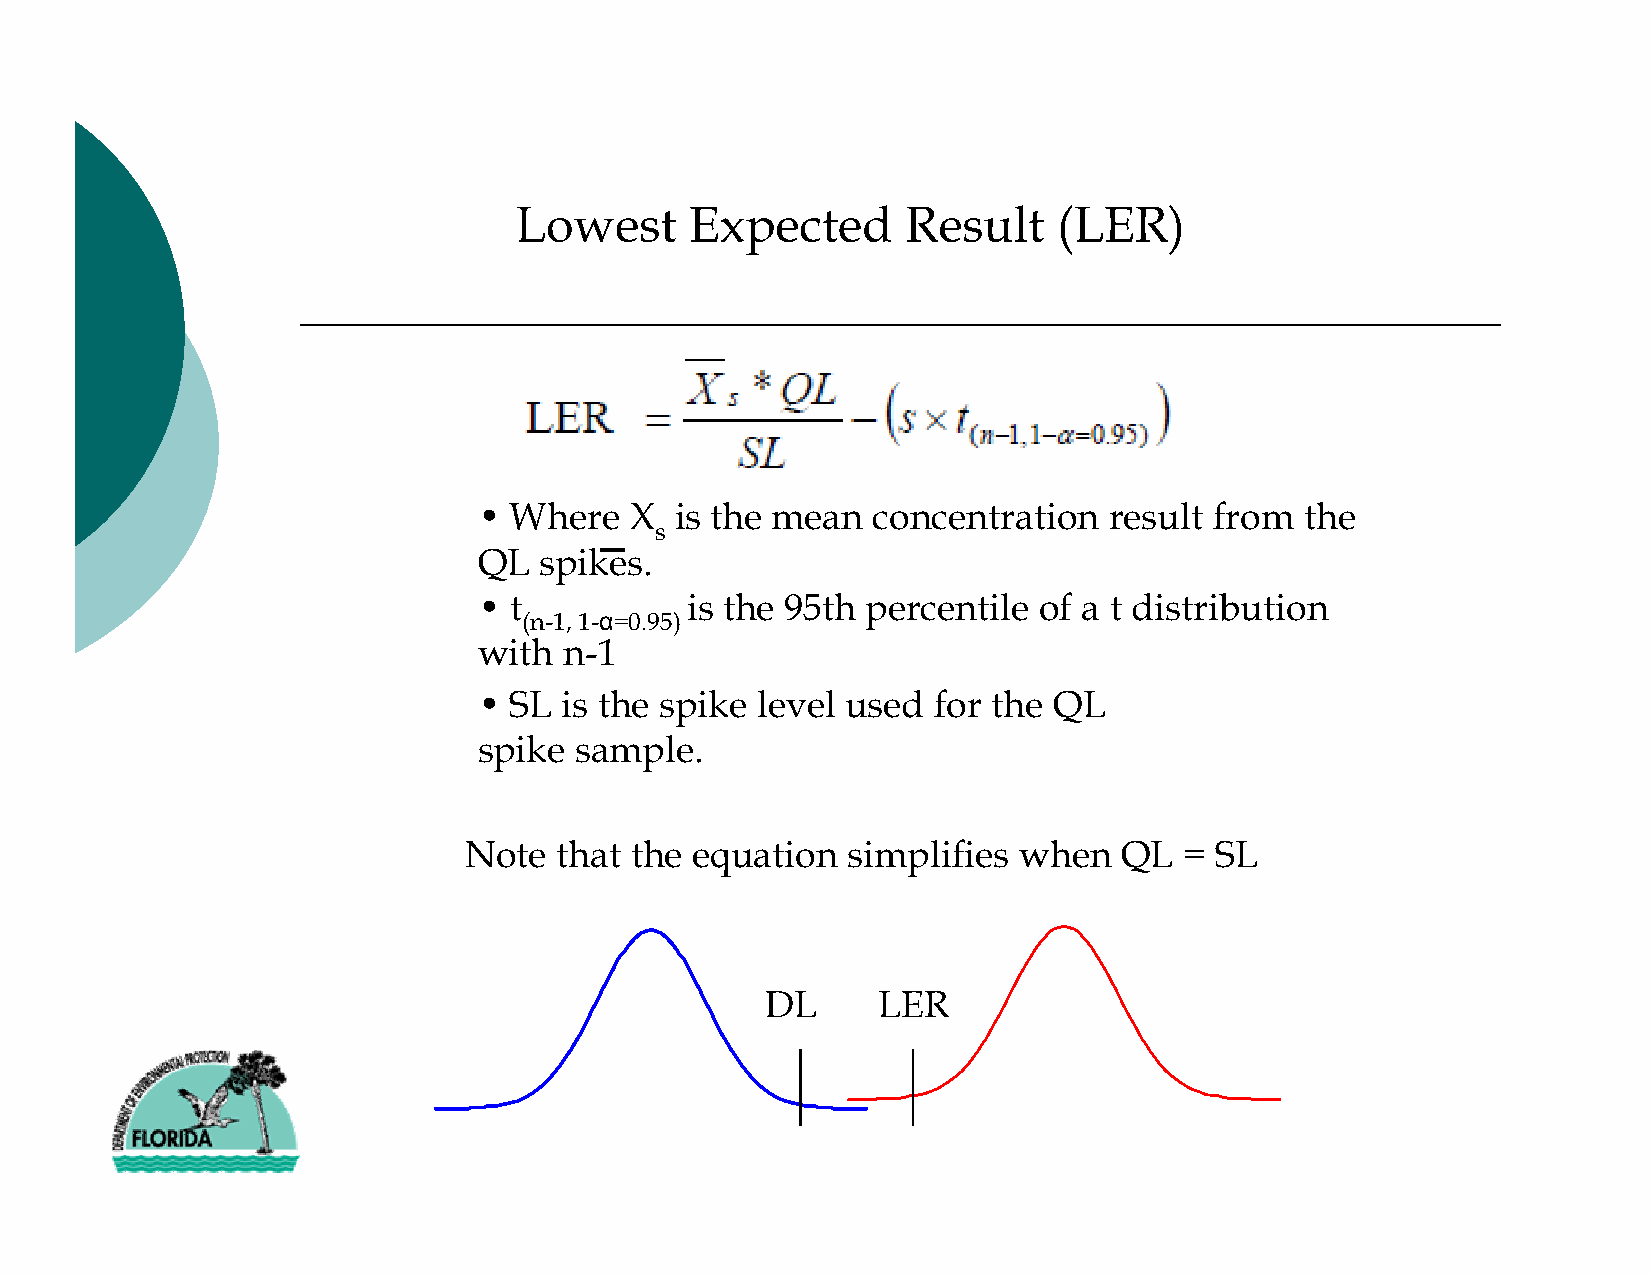
Lowest      Expected      Result    (LER)
 • Where   X  is the mean  concentration  result from  the
 s
 QL  spikes.
 • t          is the 95th percentile  of a t distribution
 α
 (n-1, 1- =0.95)
 with n-1
 • SL is the spike level used  for the QL
 spike sample.
 Note  that the equation  simplifies when   QL  = SL
 DL     LER